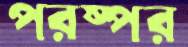
পরষ্পর